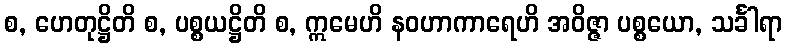
စ, ဟေတုဋ္ဌိတိ စ, ပစ္စယဋ္ဌိတိ စ, ဣမေဟိ နဝဟာကာရေဟိ အဝိဇ္ဇာ ပစ္စယော, သင်္ခါရာ